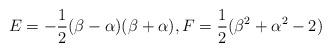
LaTeX: \begin{align*}E=-\frac{1}{2}(\beta-\alpha)(\beta+\alpha), F=\frac{1}{2}(\beta^2+\alpha^2-2)\end{align*}